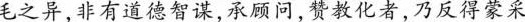
毛之异，非有道智谋，承题问，赞教化者，乃反得蒙采